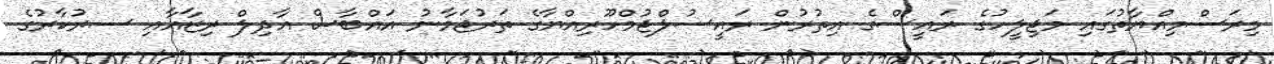
މިރަސްމިއްޔާތުގައި މަޖިލީހުގެ ރައީސްގެ އިތުރުން ރައީސުލްޖުމްހޫރިއްޔާގެ ތަރުޖަމާނު އައްބާސް އާދިލް ރިޒާއާއި ސރުކާރުގެ